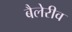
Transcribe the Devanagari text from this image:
बैलेरीव